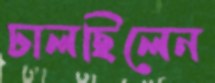
ঢালছিলেন